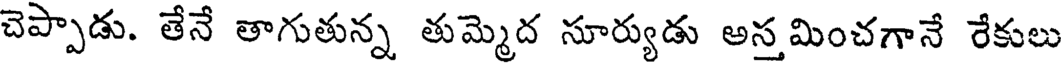
చెప్పాడు. తేనే తాగుతున్న తుమ్మెద సూర్యుడు అస్తమించగానే రేకులు